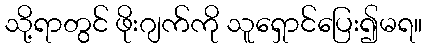
သို့ရာတွင် ဖိုးဂျက်ကို သူရှောင်ပြေး၍မရ။